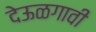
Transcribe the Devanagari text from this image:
देऊळगावी